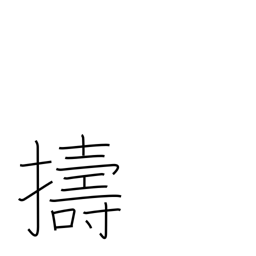
Meaning: pound